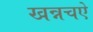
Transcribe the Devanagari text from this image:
खन्नचऐ